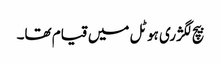
بیچ لگژری ہوٹل میں قیام تھا۔